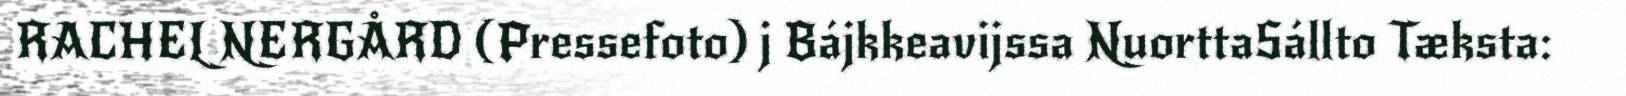
RACHEL NERGÅRD (Pressefoto) j Bájkkeavijssa NuorttaSállto Tæksta: